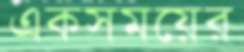
একসময়ের